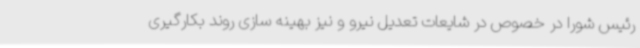
رئیس شورا در خصوص در شایعات تعدیل نیرو و نیز بهینه سازی روند بکارگیری